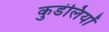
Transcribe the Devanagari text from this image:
कुडंलियों